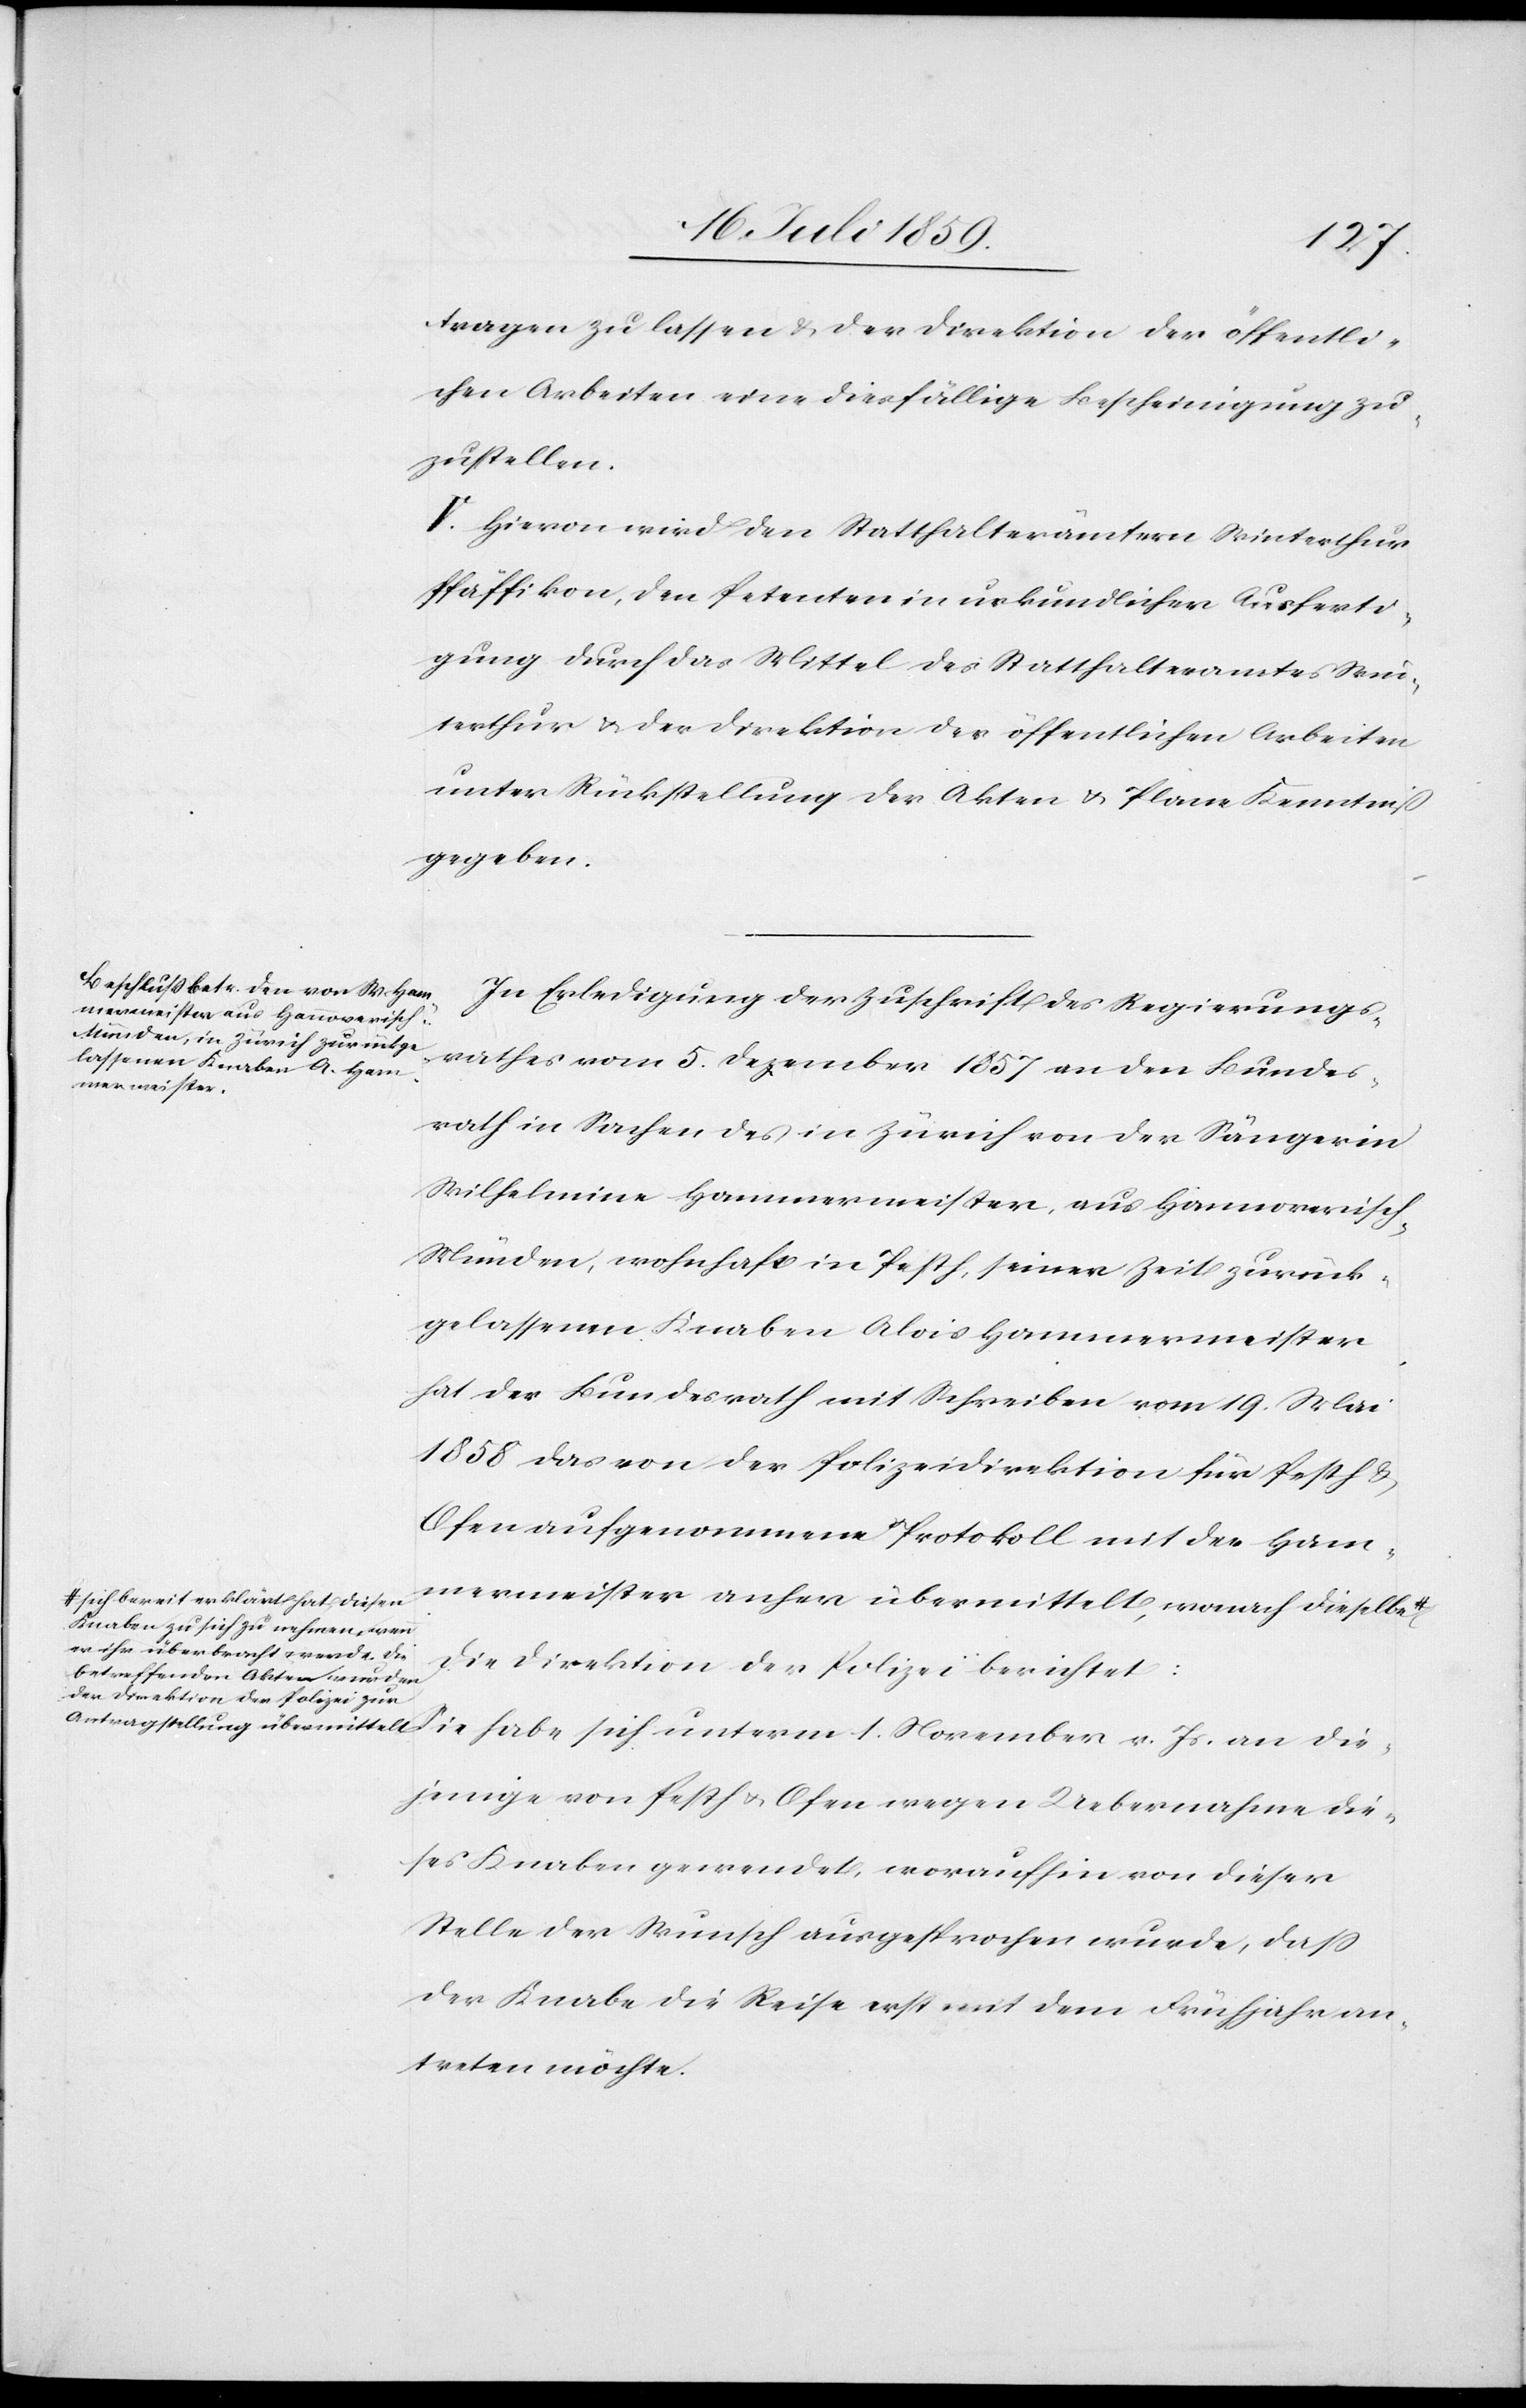
a-sich bereit erklärt hat, diesen
Knaben zu sich zu nehmen, wenn
er ihr übermacht werde. Die
betreffenden Akten wurden
der Direktion der Polizei zur
Antragstellung übermittelt.-a

tragen zu lassen u. der Direktion der öffentli¬
chen Arbeiten eine diesfällige Bescheinigung zu¬
zustellen.
V. Hievon wird den Statthalterämtern Winterthur
Pfäffikon, den Petenten in urkundlicher Ausferti¬
gung durch das Mittel des Statthalteramtes Win¬
terthur u. der Direktion der öffentlichen Arbeiten
unter Rückstellung der Akten u. Plane Kenntniß
gegeben.
In Erledigung der Zuschrift des Regierungs¬
rathes vom 5. Dezember 1857 an den Bundes¬
rath in Sachen des in Zürich von der Sängerin
Wilhelmine Hammermeister aus Hannoverisc¬
h-Münden, wohnhaft in Pesth, seiner Zeit zurück¬
gelassenen Knaben Alois Hammermeister
hat der Bundesrath mit Schreiben vom 19. Mai
1858 das von der Polizeidirektion für Pesth u.
Ofen aufgenommene Protokoll mit der Ham¬
mermeister anher übermittelt, wonach dieselbe
Die Direktion der Polizei berichtet:
Sie habe sich unterm 1. November v. Js. an die¬
jenige von Pesth u. Ofen wegen Uebernahme die¬
ses Knaben gewendet, woraufhin von dieser
Stelle der Wunsch ausgesprochen wurde, daß
der Knabe die Reise erst mit dem Frühjahr an¬
treten möchte.